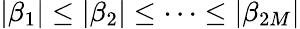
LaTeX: |\beta_{1}|\leq|\beta_{2}|\leq\cdots\leq|\beta_{2M}|